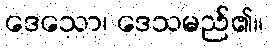
ဒေသော၊ ဒေသမည်၏။